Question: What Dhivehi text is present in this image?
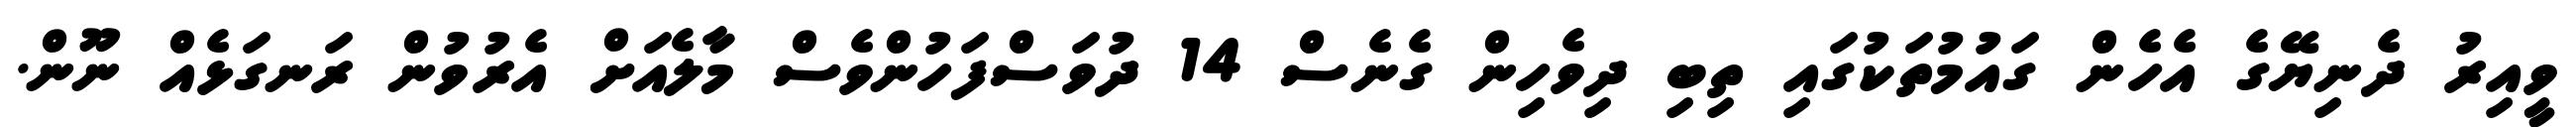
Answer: ވީއިރު ދެނިޔޭގެ އެހެން ގައުމުތަކުގައި ތިބި ދިވެހިން ގެނެސް 14 ދުވަސްފަހުންވެސް މާލެއަށް އެރުވުން ރަނގަޅެއް ނޫން.